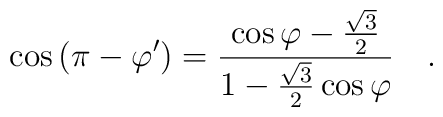
\cos{(\pi-\varphi')}=\frac{\cos{\varphi}-\frac{\sqrt{3}}{2}}{1-\frac{\sqrt{3}}{2}\cos{\varphi}} ~~~.